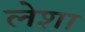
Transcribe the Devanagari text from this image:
लेशा